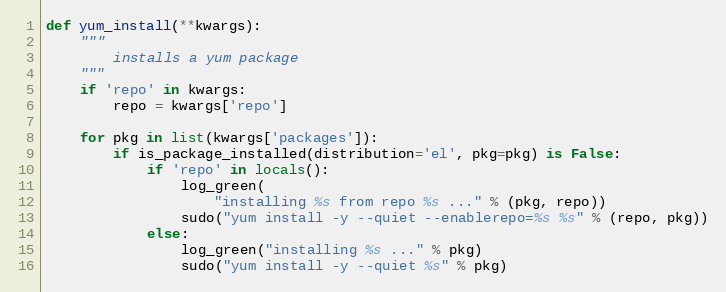
Language: Python
def yum_install(**kwargs):
    """
        installs a yum package
    """
    if 'repo' in kwargs:
        repo = kwargs['repo']

    for pkg in list(kwargs['packages']):
        if is_package_installed(distribution='el', pkg=pkg) is False:
            if 'repo' in locals():
                log_green(
                    "installing %s from repo %s ..." % (pkg, repo))
                sudo("yum install -y --quiet --enablerepo=%s %s" % (repo, pkg))
            else:
                log_green("installing %s ..." % pkg)
                sudo("yum install -y --quiet %s" % pkg)